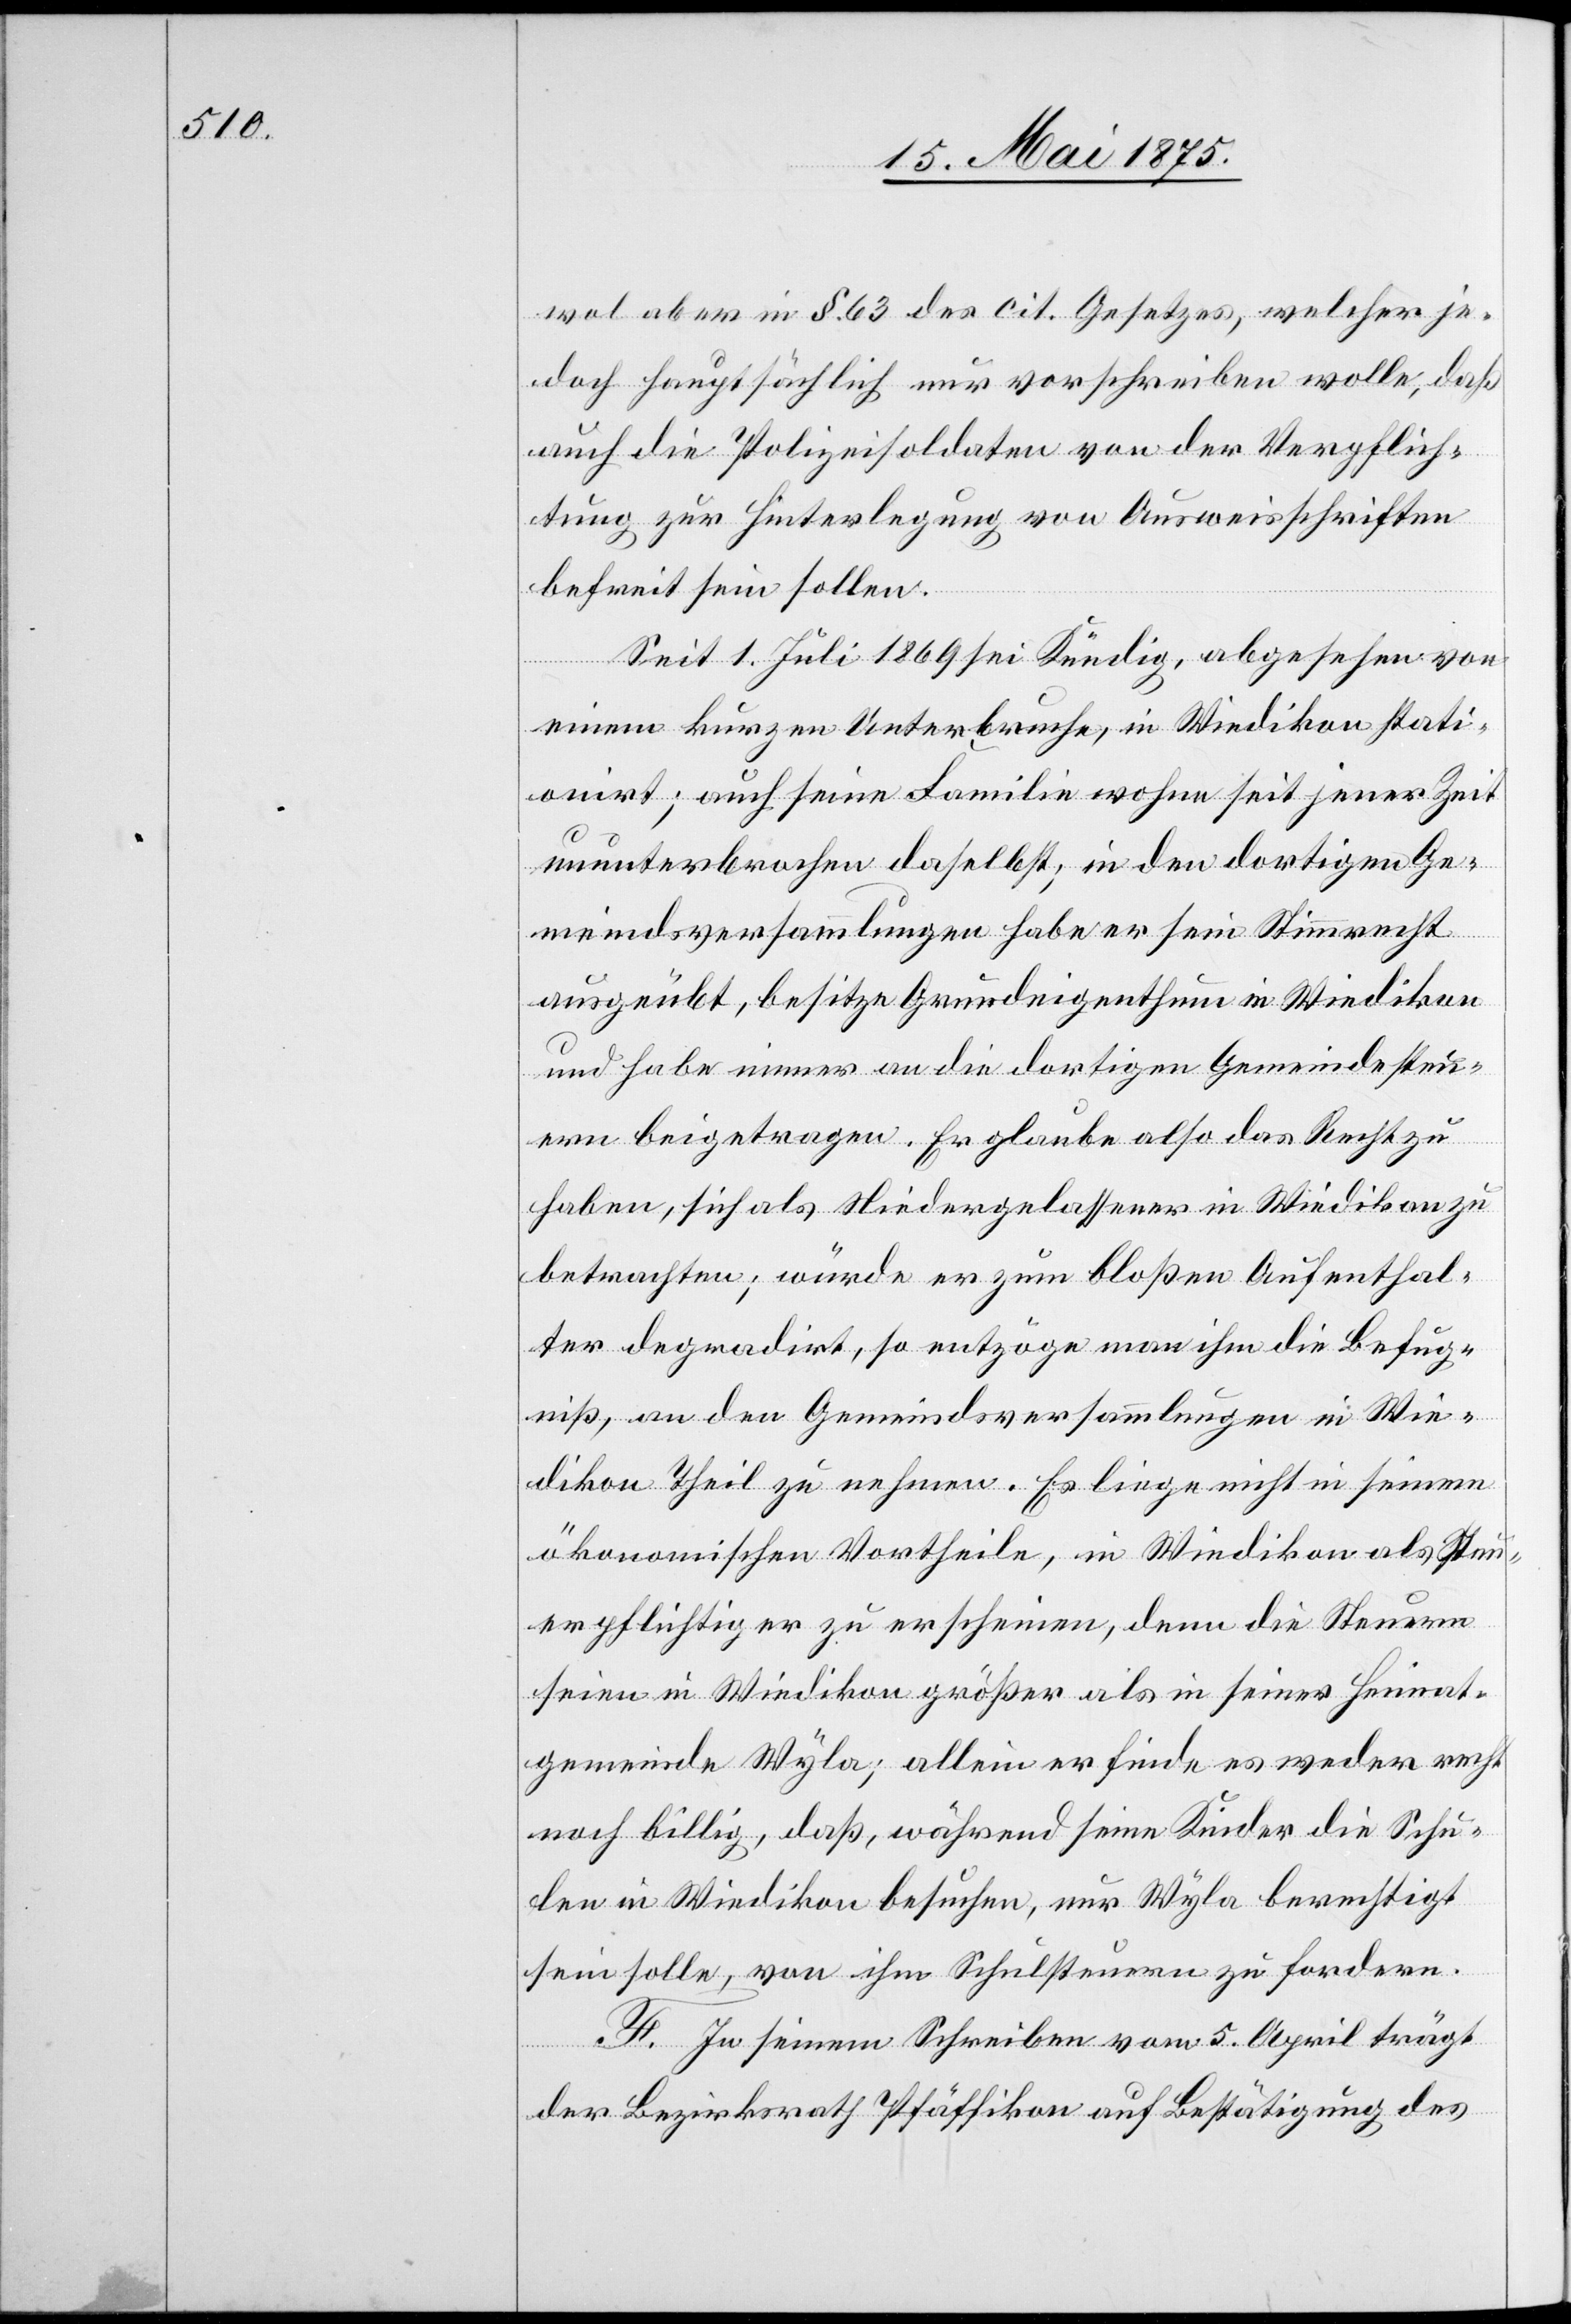
wol aber in § 63 des cit. Gesetzes, welcher je¬
doch hauptsächlich nur vorschreiben wolle, daß
auch die Polizeisoldaten von der Verpflich¬
tung zur Hinterlegung von Ausweisschriften
befreit sein sollten.
Seit 1. Juli 1869 sei Kündig, abgesehen von
einem kurzen Unterbruche, in Wiedikon stati¬
onirt; auch seine Familie wohne seit jener Zeit
ununterbrochen daselbst; in den dortigen Ge¬
meindsversammlungen habe er sein Stimmrecht
ausgeübt, besitze Grundeigenthum in Wiedikon
und habe immer an die dortigen Gemeindesteu¬
ern beigetragen. Er glaube also das Recht zu
haben, sich als Niedergelassener in Wiedikon zu
betrachten; würde er zum bloßen Aufenthal¬
ter degradirt, so entzöge man ihm die Befug¬
niß, an den Gemeindsversammlungen in Wie¬
dikon Theil zu nehmen. Es liege nicht in seinem
ökonomischen Vortheile, in Wiedikon als Steu¬
erpflichtiger zu erscheinen, denn die Steuern
seien in Wiedikon größer als in seiner Heimat¬
gemeinde Wyla; allein er finde es weder recht
noch billig, daß während seine Kinder die Schu¬
len in Wiedikon besuchen, nur Wyla berechtigt
sein solle, von ihm Schulsteuern zu fordern.
F. In seinem Schreiben vom 5. April trägt
der Bezirksrath Pfäffikon auf Bestätigung des